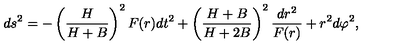
d s ^ { 2 } = - \left( \frac { H } { H + B } \right) ^ { 2 } F ( r ) d t ^ { 2 } + \left( \frac { H + B } { H + 2 B } \right) ^ { 2 } \frac { d r ^ { 2 } } { F ( r ) } + r ^ { 2 } d \varphi ^ { 2 } ,